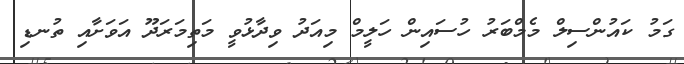
ގަމު ކައުންސިލް މެމްބަރު ހުސައިން ހަލީމް މިއަދު ވިދާޅުވީ މަތިމަރަދޫ އަވަށާއި ތުނޑި